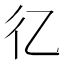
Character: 𢒼